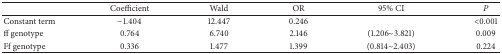
<table><thead><tr><td><b> </b></td><td><b>Coefficient</b></td><td><b>Wald</b></td><td><b>OR</b></td><td><b>95% CI</b></td><td><b><i>P</i></b></td></tr></thead><tbody><tr><td>Constant term</td><td>−1.404</td><td>12.447</td><td>0.246</td><td> </td><td>&lt;0.001</td></tr><tr><td>ff genotype</td><td>0.764</td><td>6.740</td><td>2.146</td><td>(1.206~3.821) </td><td>0.009</td></tr><tr><td>Ff genotype</td><td>0.336</td><td>1.477</td><td>1.399</td><td>(0.814~2.403) </td><td>0.224</td></tr></tbody></table>